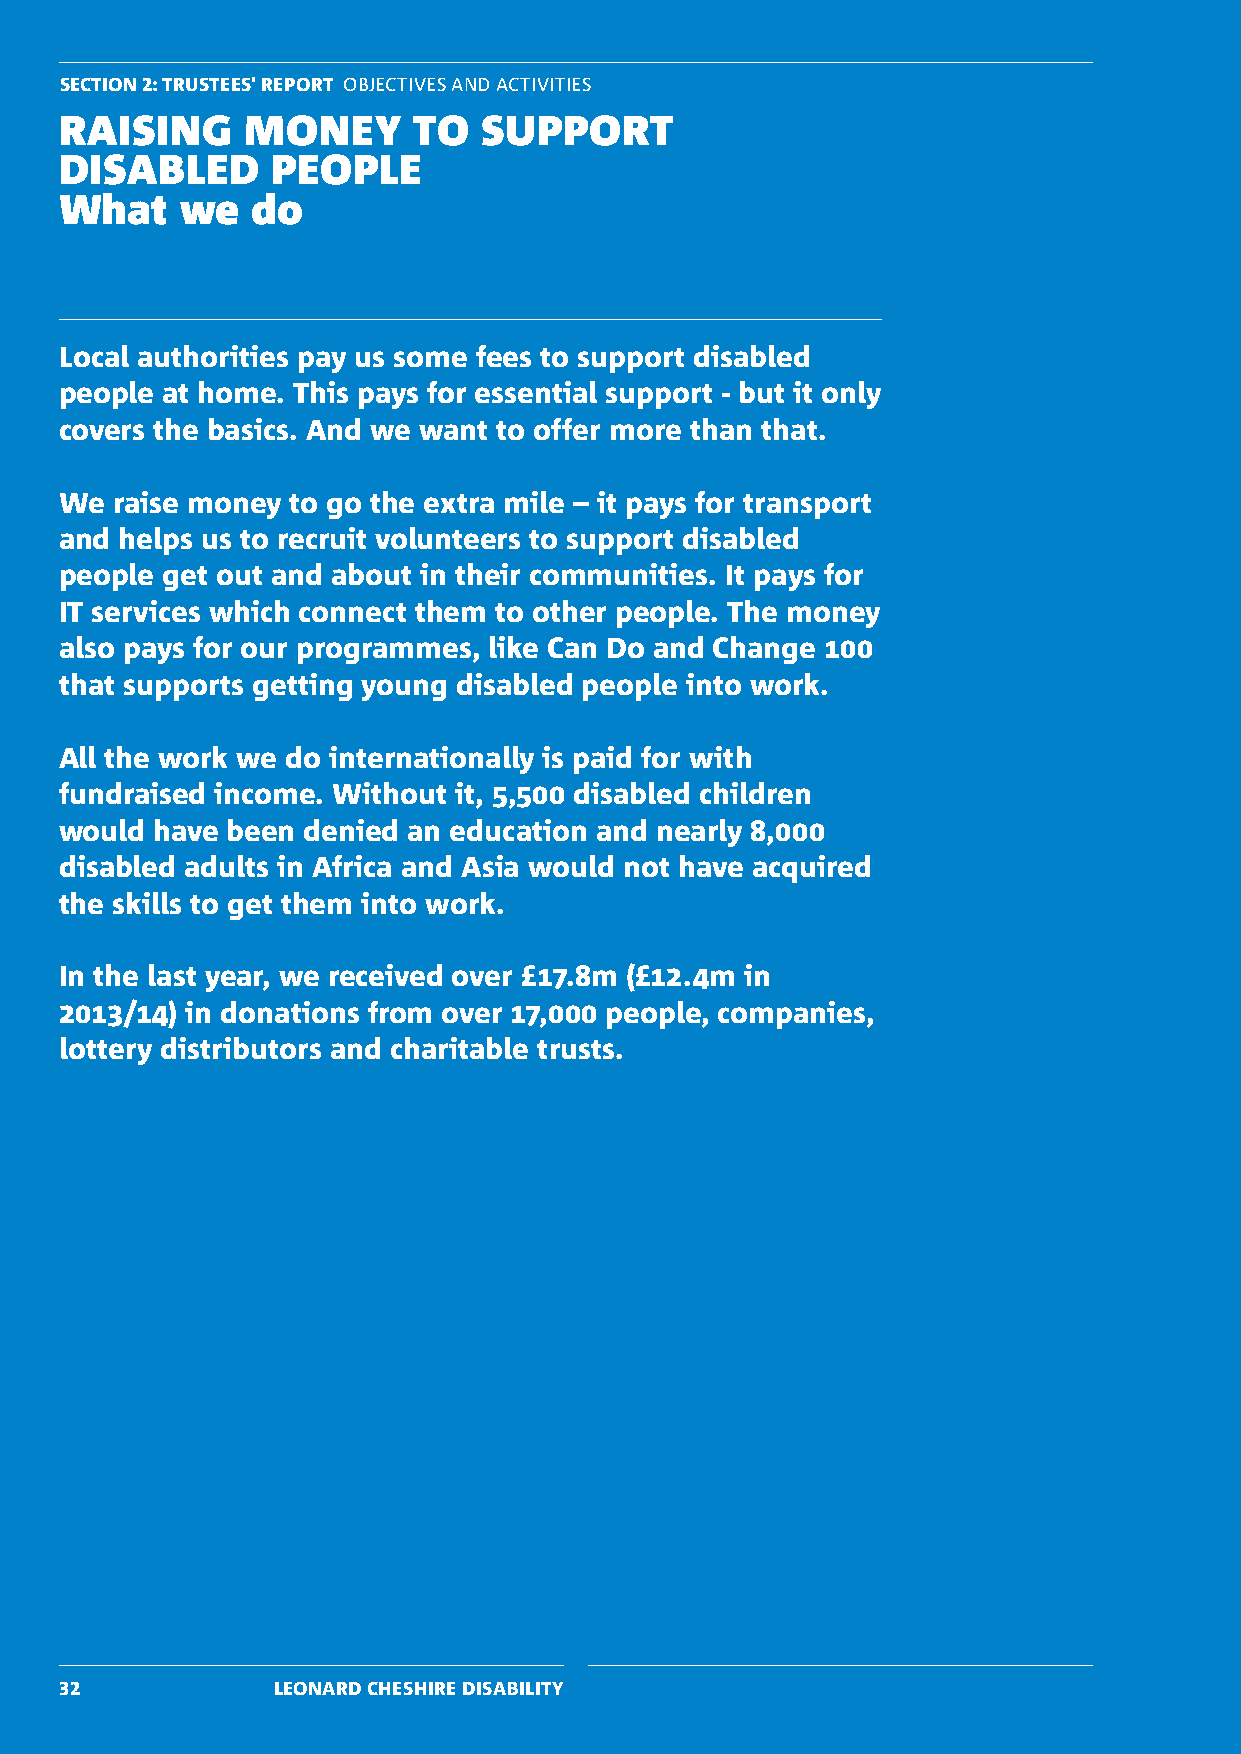
SECTION 2: TRUSTEES' REPORT OBJECTIVES AND ACTIVITIES
 RAISING     MONEY      TO   SUPPORT
 DISABLED      PEOPLE
 What    we   do
 Local authorities pay us some fees to support disabled
 people at home. This pays for essential support - but it only
 covers the basics. And we want to offer more than that.
 We raise money to go the extra mile – it pays for transport
 and helps us to recruit volunteers to support disabled
 people get out and about in their communities. It pays for
 IT services which connect them to other people. The money
 also pays for our programmes, like Can Do and Change 100
 that supports getting young disabled people into work.
 All the work we do internationally is paid for with
 fundraised income. Without it, 5,500 disabled children
 would have been denied an education and nearly 8,000
 disabled adults in Africa and Asia would not have acquired
 the skills to get them into work.
 In the last year, we received over £17.8m (£12.4m in
 2013/14) in donations from over 17,000 people, companies,
 lottery distributors and charitable trusts.
 32            LEONARD CHESHIRE DISABILITY